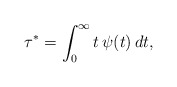
\begin{align*}\tau^* = \int_0^{\infty}t\,\psi(t)\,dt,\end{align*}